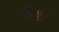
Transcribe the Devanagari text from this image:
बिशी